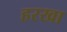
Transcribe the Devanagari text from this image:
हरखा